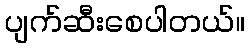
ပျက်ဆီးစေပါတယ်။